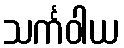
သင်္ကဝါယ